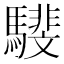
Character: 𩦎